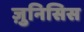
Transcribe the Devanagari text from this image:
ज़ुनिसिस